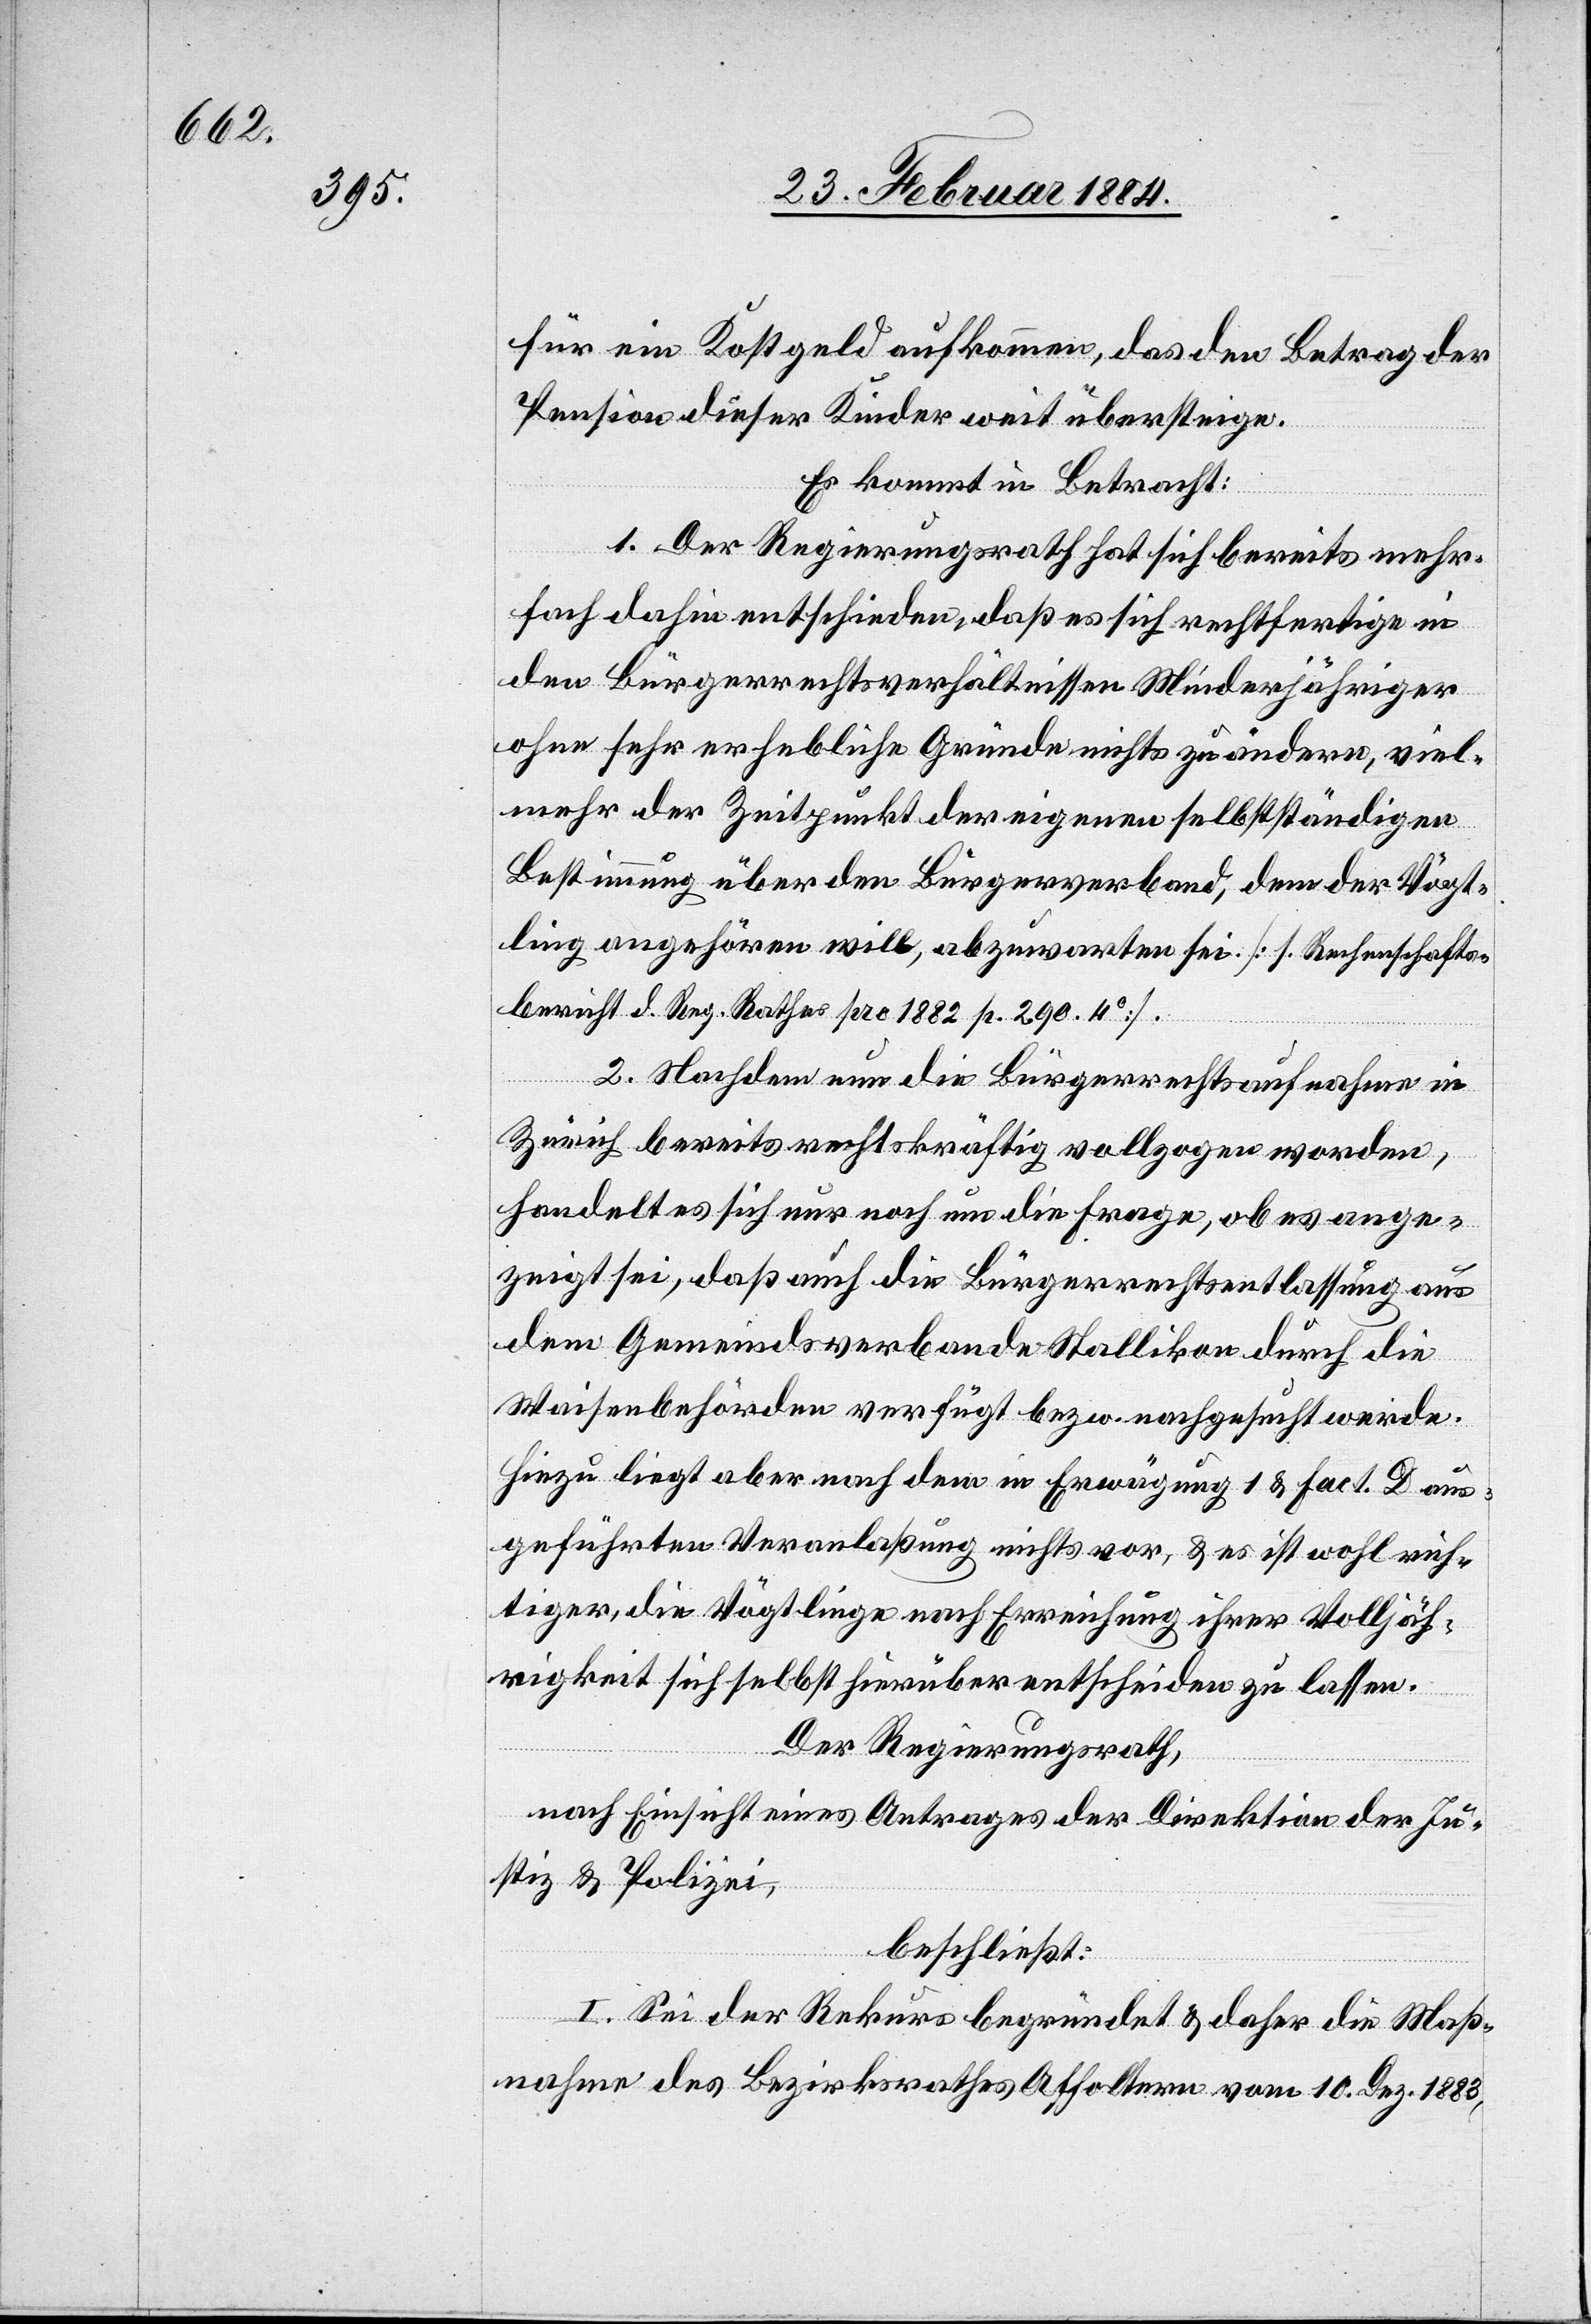
für ein Kostgeld aufkommen, das den Betrag der
Pension dieser Kinder weit übersteige.
Es kommt in Betracht:
1. Der Regierungsrath hat sich bereits mehr¬
fach dahin entschieden, daß es sich rechtfertige in
den Bürgerrechtsverhältnissen Minderjähriger
ohne sehr erhebliche Gründe nichts zu ändern, viel¬
mehr der Zeitpunkt der eigenen selbständigen
Bestimmung über den Bürgerverband, dem der Vögt¬
ling angehören will, abzuwarten sei [s. Rechenschafts¬
bericht d. Reg. Rathes pro 1882 p. 290. 4°].
2. Nachdem nun die Bürgerrechtsaufnahme in
Zürich bereits rechtskräftig vollzogen worden,
handelt es sich nur noch um die Frage, ob es ange¬
zeigt sei, daß auch die Bürgerrechtsentlassung aus
dem Gemeindsverbande Stallikon durch die
Waisenbehörde verfügt bzw. nachgesucht werde.
Hiezu liegt aber nach den in Erwägung 1 & Fact. D an¬
geführten Veranlaßung nichts vor, & es ist wohl unrich¬
tiger, die Vögtlinge nach Erreichung ihrer Volljäh¬
rigkeit sich selbst hierüber entscheiden zu lassen.
Der Regierungsrath,
nach Einsicht eines Antrages der Direktion der Ju¬
stiz & Polizei,
beschließt:
I. Sei der Rekurs begründet & daher die Maß¬
nahme des Bezirksrathes Affoltern vom 10. Dez. 1883,